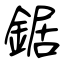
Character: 鋸